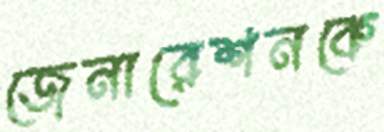
জেনারেশনকে